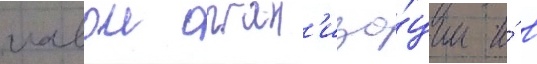
главои орган'иза́ции и́ в